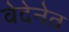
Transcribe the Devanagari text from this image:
वेदेनेत